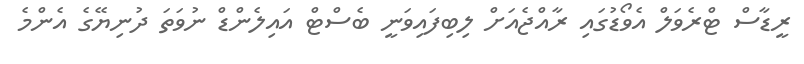
ރީޑާސް ޓްރެވަލް އެވޯޑުގައި ރާއްޖެއަށް ލިބިފައިވަނީ ބެސްޓް އައިލެންޑް ނުވަތަ ދުނިޔޭގެ އެންމެ